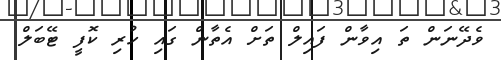
ވެދޭނަން ތަ އިވާން ފައިލް ތަށް އެތާން ގައި ހުރި ކޮފީ ޓޭބަލް